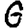
Digit: 6